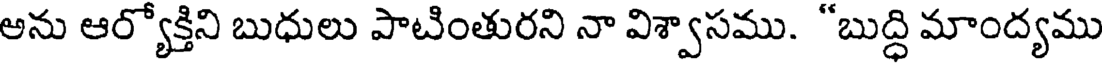
ఆను ఆర్యోక్తిని బుధులు పాటింతురని నా విశ్వాసము. "బుద్ధి మాంద్యము